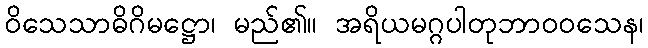
ဝိသေသာဓိဂိမဋ္ဌော၊ မည်၏။ အရိယမဂ္ဂပါတုဘာဝဝသေန၊